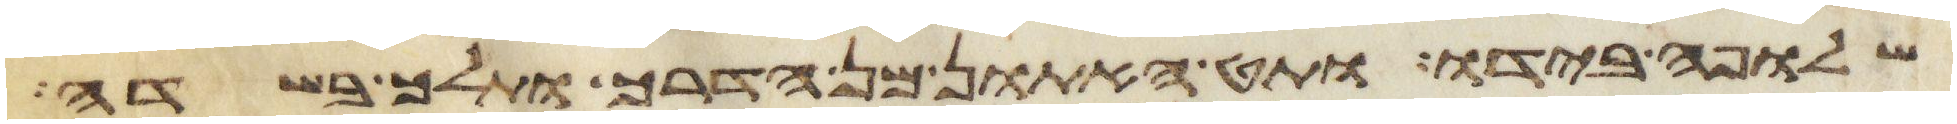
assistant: שלופה בידו ותט האתון מן הדרך ותלך בשדה